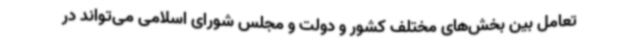
تعامل بین بخش‌های مختلف کشور و دولت و مجلس شورای اسلامی می‌تواند در